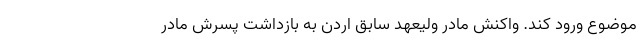
موضوع ورود کند. واکنش مادر ولیعهد سابق اردن به بازداشت پسرش مادر